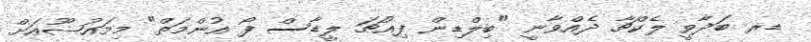
ޑރ ބަދާވީ ލެކްޗާ ދެއްވާނީ "ބިލްޑިން ފިއުޗަ ލީޑާސް ފޯ އުންމަތް" މިމައުޟޫއަށް